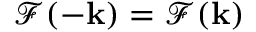
\mathcal { F } ( - \mathbf { k } ) = \mathcal { F } ( \mathbf { k } )